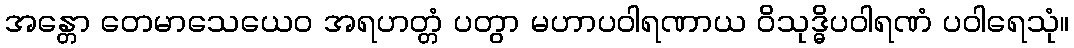
အန္တော တေမာသေယေဝ အရဟတ္တံ ပတွာ မဟာပဝါရဏာယ ဝိသုဒ္ဓိပဝါရဏံ ပဝါရေသုံ။